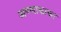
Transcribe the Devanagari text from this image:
अण्णाकाका